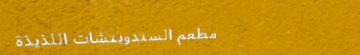
مطعم السندويتشات اللذيذة